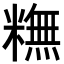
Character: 𥼣